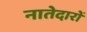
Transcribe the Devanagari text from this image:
नातेदारों